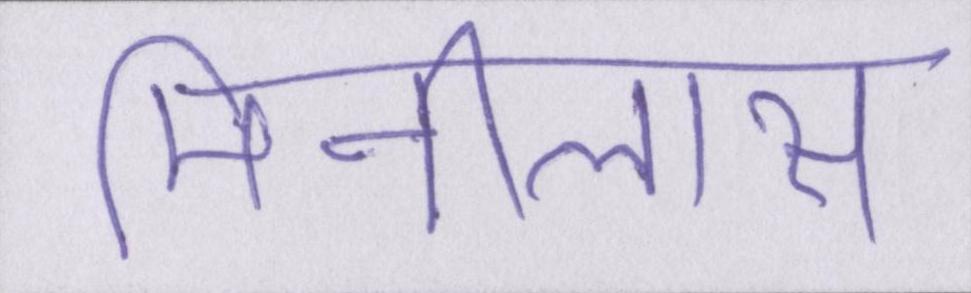
मिनीलास